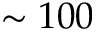
\sim 1 0 0